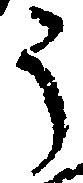
う